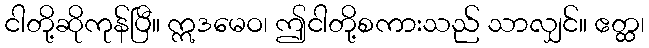
ငါတို့ဆိုကုန်ပြီ။ ဣဒမေဝ၊ ဤငါတို့စကားသည် သာလျှင်။ ဧတ္ထ၊